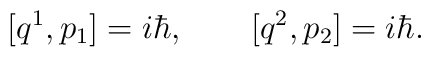
[q^1, p_1] = i\hbar, \qquad [q^2,p_2] = i\hbar.